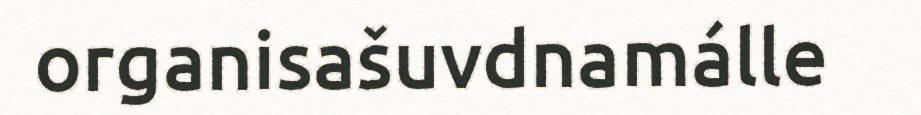
organisašuvdnamálle